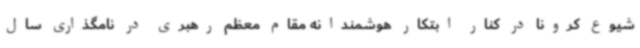
شیوع کرونا در کنار ابتکار هوشمندانه مقام معظم رهبری در نامگذاری سال